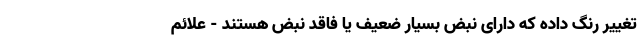
تغییر رنگ داده که دارای نبض بسیار ضعیف یا فاقد نبض هستند - علائم